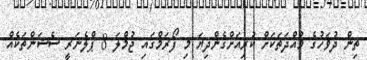
ތިން ދުވަހުގެ މުއްދަތަކަށް ކުރިއަށްގެންދިޔަ މި ފޯރަމްގައި ޖުމްލަ 8 ޕްލެނަރީ ސެޝަންތަކެއް